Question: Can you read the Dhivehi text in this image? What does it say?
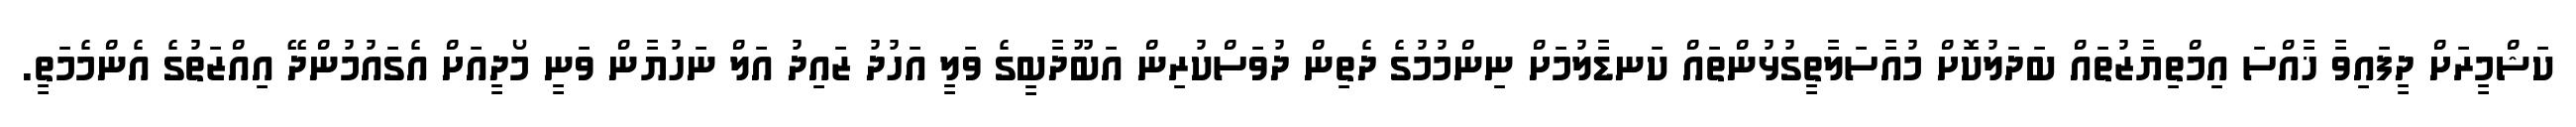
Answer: ކަޝްމީރަށް ދީފައިވާ ޚާއްސަ އިމްތިޔާޒުތައް ބަދަލުކޮށް މުއާސަލާތީގުޅުންތައް ކަނޑާލުމަށް ނިންމުމުގެ ދެތިން ދުވަސްކުރިން އަބޫދާބީގެ ވަލީ އަހުދު ޒައިދު އަލް ނަހުޔާން ވަނީ މޯދީއަށް އެގައުމުންދޭ އިއްޒަތުގެ އެންމެމަތީ.